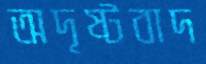
অদৃষ্টবাদ